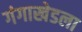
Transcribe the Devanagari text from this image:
गंगाखेडला